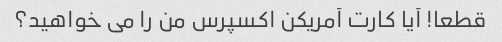
قطعا! آیا کارت آمریکن اکسپرس من را می خواهید؟